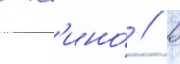
в к'ино́ // В